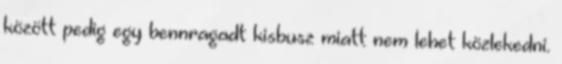
között pedig egy bennragadt kisbusz miatt nem lehet közlekedni.